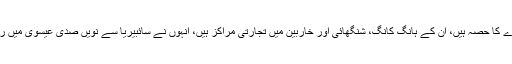
چین میں یہودی روز مرہ کی سماجی زندگی اور سماجی دھارے کا حصہ ہیں، ان کے ہانگ کانگ، شنگھائی اور خاربین میں تجارتی مراکز ہیں، انہوں‌ نے سائبیریا سے نویں صدی عیسوی میں‌ ریلوے ٹریک کے ذریعے چین کے ساتھ آمد و رفت شروع کی۔